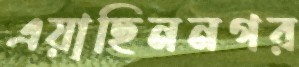
এয়াছিননগর